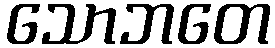
သောဘတေ